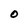
Character: O